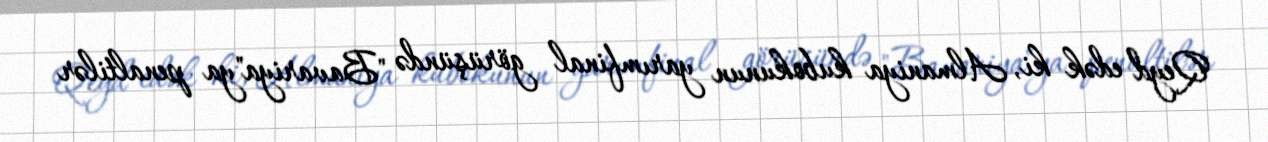
Qeyd edək ki, Almaniya kubokunun yarımfinal görüşündə "Bavariya"ya penaltilər